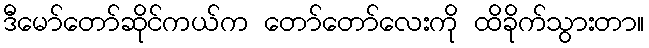
ဒီမော်တော်ဆိုင်ကယ်က တော်တော်လေးကို ထိခိုက်သွားတာ။